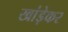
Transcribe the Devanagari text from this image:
खांड़ेकर